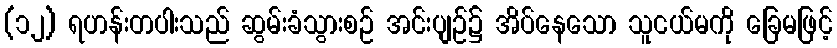
(၁၂) ရဟန်းတပါးသည် ဆွမ်းခံသွားစဉ် အင်းပျဉ်၌ အိပ်နေသော သူငယ်မကို ခြေမဖြင့်